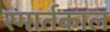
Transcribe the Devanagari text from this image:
स्मार्तकाल